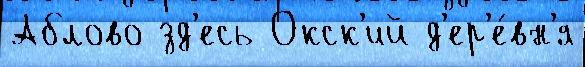
Аблово зд'есь Окск'ий д'ер'е́вн'я